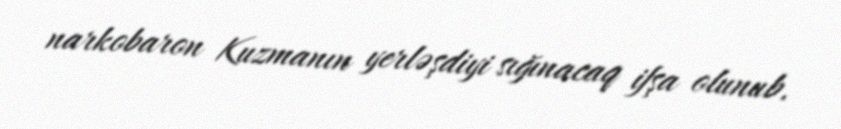
narkobaron Kuzmanın yerləşdiyi sığınacaq ifşa olunub.